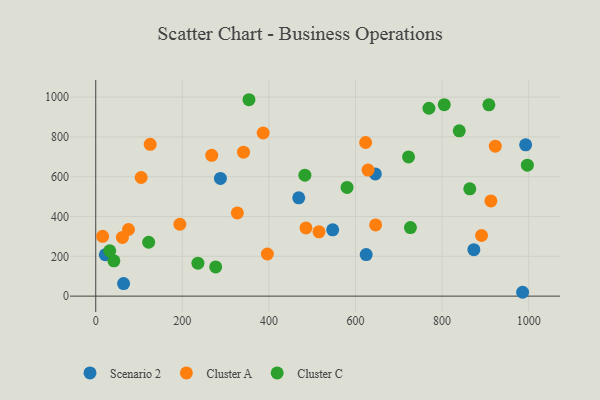
{"axis": {"x": "Price", "y": "Yield"}, "legend": ["Cluster A", "Cluster C", "Scenario 2"], "data": [{"x": "468.9", "y": 494.1, "type": "Scenario 2"}, {"x": "624.7", "y": 209.0, "type": "Scenario 2"}, {"x": "873.4", "y": 233.6, "type": "Scenario 2"}, {"x": "288.0", "y": 591.3, "type": "Scenario 2"}, {"x": "22.0", "y": 207.9, "type": "Scenario 2"}, {"x": "64.3", "y": 62.9, "type": "Scenario 2"}, {"x": "645.8", "y": 613.9, "type": "Scenario 2"}, {"x": "986.0", "y": 19.4, "type": "Scenario 2"}, {"x": "993.0", "y": 760.1, "type": "Scenario 2"}, {"x": "547.3", "y": 333.2, "type": "Scenario 2"}, {"x": "194.3", "y": 361.2, "type": "Cluster A"}, {"x": "396.4", "y": 211.8, "type": "Cluster A"}, {"x": "104.9", "y": 596.1, "type": "Cluster A"}, {"x": "623.4", "y": 772.0, "type": "Cluster A"}, {"x": "922.9", "y": 753.6, "type": "Cluster A"}, {"x": "125.8", "y": 762.8, "type": "Cluster A"}, {"x": "327.1", "y": 418.1, "type": "Cluster A"}, {"x": "61.6", "y": 294.9, "type": "Cluster A"}, {"x": "515.7", "y": 323.0, "type": "Cluster A"}, {"x": "341.3", "y": 723.5, "type": "Cluster A"}, {"x": "485.6", "y": 342.9, "type": "Cluster A"}, {"x": "267.9", "y": 707.6, "type": "Cluster A"}, {"x": "386.7", "y": 819.6, "type": "Cluster A"}, {"x": "646.5", "y": 358.0, "type": "Cluster A"}, {"x": "912.7", "y": 478.6, "type": "Cluster A"}, {"x": "629.0", "y": 633.6, "type": "Cluster A"}, {"x": "15.9", "y": 300.4, "type": "Cluster A"}, {"x": "891.1", "y": 304.6, "type": "Cluster A"}, {"x": "75.6", "y": 334.9, "type": "Cluster A"}, {"x": "236.0", "y": 165.5, "type": "Cluster C"}, {"x": "32.3", "y": 227.5, "type": "Cluster C"}, {"x": "908.1", "y": 961.2, "type": "Cluster C"}, {"x": "122.2", "y": 270.8, "type": "Cluster C"}, {"x": "997.0", "y": 657.9, "type": "Cluster C"}, {"x": "277.1", "y": 147.0, "type": "Cluster C"}, {"x": "580.5", "y": 546.0, "type": "Cluster C"}, {"x": "864.0", "y": 539.2, "type": "Cluster C"}, {"x": "41.9", "y": 177.6, "type": "Cluster C"}, {"x": "483.1", "y": 607.8, "type": "Cluster C"}, {"x": "353.9", "y": 986.9, "type": "Cluster C"}, {"x": "839.7", "y": 830.8, "type": "Cluster C"}, {"x": "805.0", "y": 962.1, "type": "Cluster C"}, {"x": "722.5", "y": 699.6, "type": "Cluster C"}, {"x": "726.9", "y": 344.3, "type": "Cluster C"}, {"x": "769.6", "y": 944.1, "type": "Cluster C"}]}